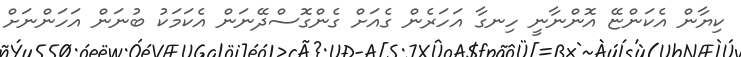
ކިޔާން އެކަންޏޭ އޮންނާނީ ހިނގާ އަހަރެން ގެއަށް ގެންގޮސްދޭނަން އެކަމަކު ބުނަން އަހަންނަށް